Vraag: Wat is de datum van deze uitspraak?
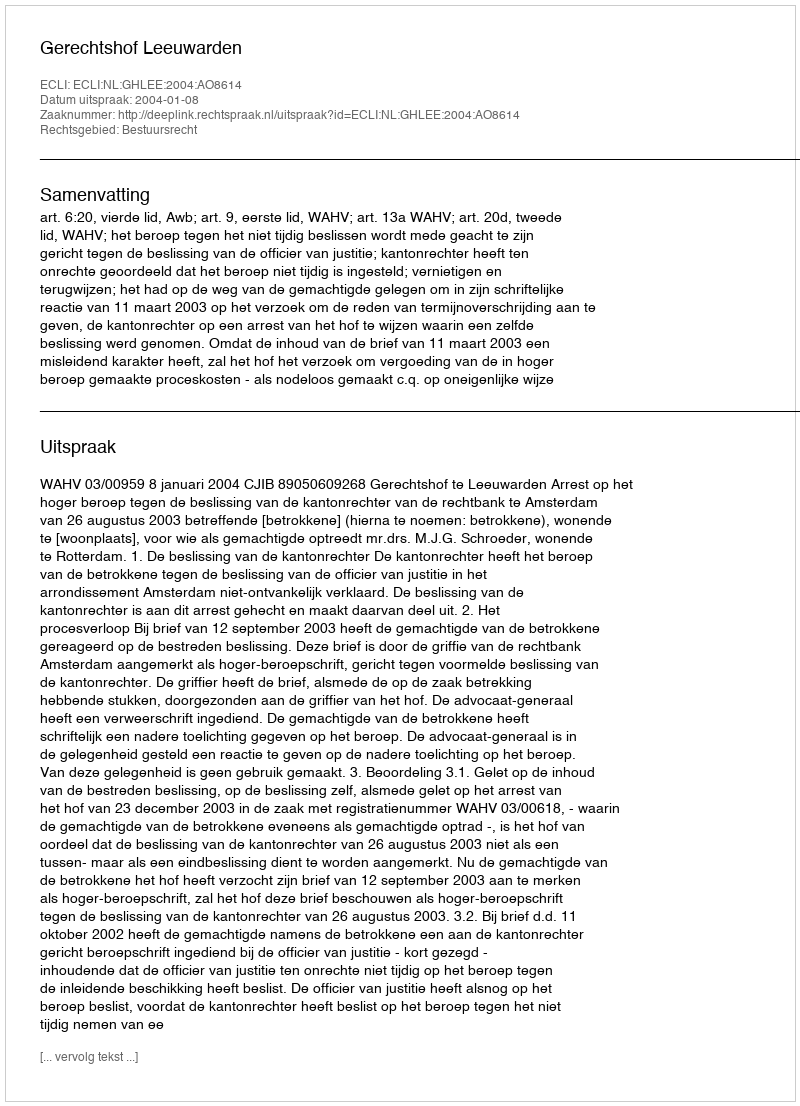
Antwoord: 2004-01-08